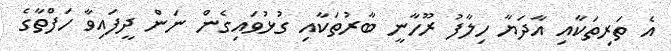
އެ ތަރިތަކާއި އާދަޔާ ހިލާފު ރޫހާނީ ބާރުތަކާއި ގުޅުވައިގެން ނަން ދީފައިވާ ހަފްތާގެ